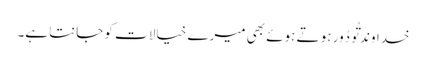
خداوند تُو دُور ہو تے ہوئے بھی میرے خیالا ت کو جانتا ہے۔